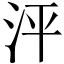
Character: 泙